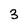
Character: 3